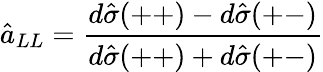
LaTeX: \hat{a}_{LL}=\frac{d\hat{\sigma}(++)-d\hat{\sigma}(+-)}{d\hat{\sigma}(++)+d\hat{\sigma}(+-)}